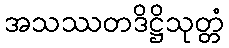
အသဿတဒိဋ္ဌိသုတ္တံ